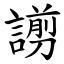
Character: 謭